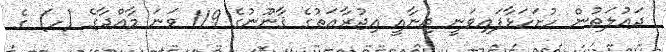
ދައުލަތުން ހުށަހަޅާފައިވަނީ ޖިނާއީ އިޖުރާއަތުގެ ޤާނޫނުގެ 119 ވަނަ މާއްދާގެ (ހ) ގެ